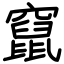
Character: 竄